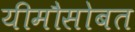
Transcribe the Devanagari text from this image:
यीमौसोबत